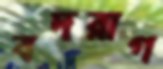
বদরাগ